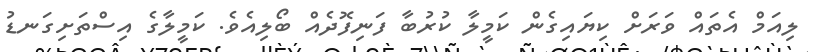
ލިއަމް އެތައް ވަރަށް ކިޔައިގެން ކަމީލާ ކުރުބާ ފަނިފޮދެއް ބޯލިއެވެ. ކަމީލާގެ އިސްތަށިގަނޑު